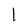
Character: 1